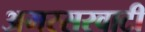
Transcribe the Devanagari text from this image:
अमरसरवाटी